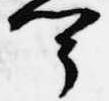
聞